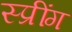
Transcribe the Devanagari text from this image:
स्प्रींग